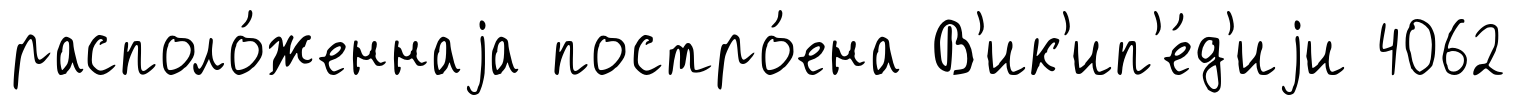
располо́женнаjа постро́ена В'ик'ип'е́д'иjи 4062